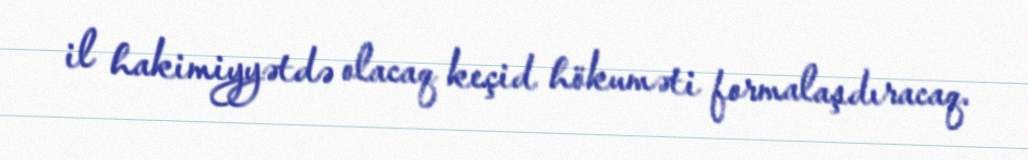
il hakimiyyətdə olacaq keçid hökuməti formalaşdıracaq.